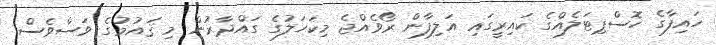
ހައިފާގެ ހޮސްޕިޓަލެއްގެ ކައިރީގައި އަލިފާން ރޯވެއްޖެ މިކަހަލުގެ ގައްދާރުން މި ޤައުމުގެ ވަސްވެސް